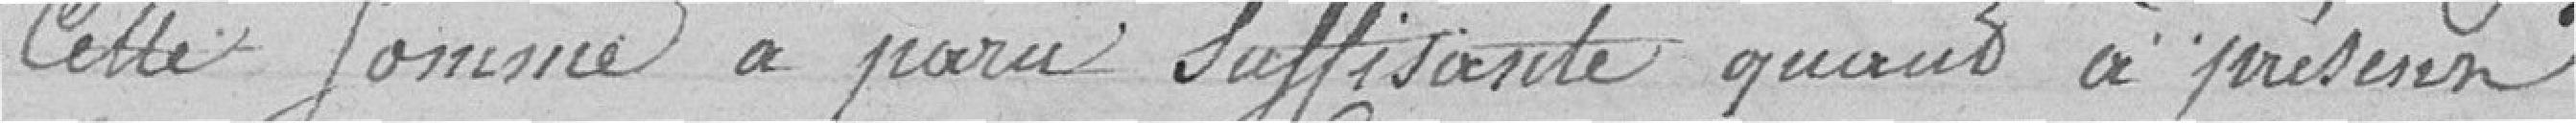
Cette somme a paru suffisante quand à présent